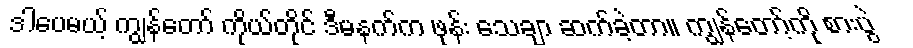
ဒါပေမယ့် ကျွန်တော် ကိုယ်တိုင် ဒီမနက်က ဖုန်း သေချာ ဆက်ခဲ့တာ။ ကျွန်တော့်ကို စားပွဲ